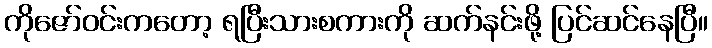
ကိုဇော်ဝင်းကတော့ ရပြီးသားစကားကို ဆက်နင်းဖို့ ပြင်ဆင်နေပြီ။